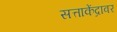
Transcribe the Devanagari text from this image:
सत्ताकेंद्रावर